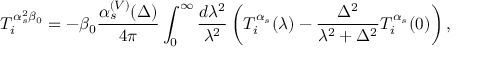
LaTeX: T _ { i } ^ { \alpha _ { s } ^ { 2 } \beta _ { 0 } } = - \beta _ { 0 } \frac { \alpha _ { s } ^ { ( V ) } ( \Delta ) } { 4 \pi } \int _ { 0 } ^ { \infty } \frac { d \lambda ^ { 2 } } { \lambda ^ { 2 } } \left( T _ { i } ^ { \alpha _ { s } } ( \lambda ) - \frac { \Delta ^ { 2 } } { \lambda ^ { 2 } + \Delta ^ { 2 } } T _ { i } ^ { \alpha _ { s } } ( 0 ) \right) ,